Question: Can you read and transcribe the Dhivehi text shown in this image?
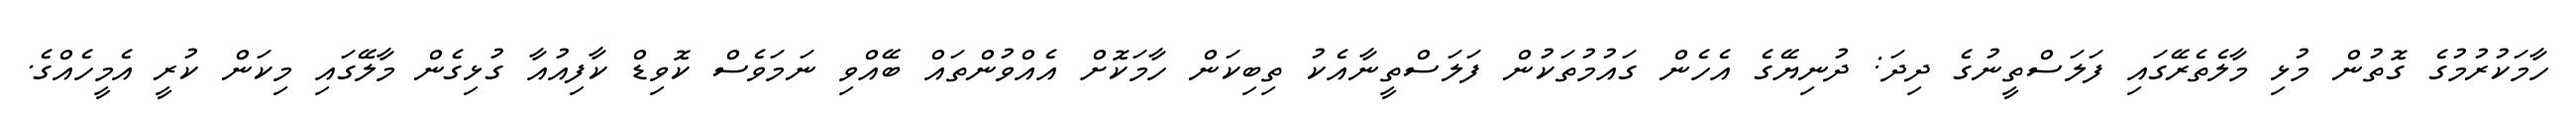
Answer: ހާމަކުރުމުގެ ގޮތުން މުޅި މާލެތެރޭގައި ފަލަސްތީނުގެ ދިދަ: ދުނިޔޭގެ އެހެން ގައުމުތަކުން ފަލަސްތީނާއެކު ތިބިކަން ހާމަކޮށް އެއްވުންތައް ބޭއްވި ނަމަވެސް ކޮވިޑް ކާފިއުއާ ގުޅިގެން މާލޭގައި މިކަން ކުރީ އެމީހެއްގެ.